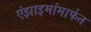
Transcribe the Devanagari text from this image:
एंझाइमांमार्फत